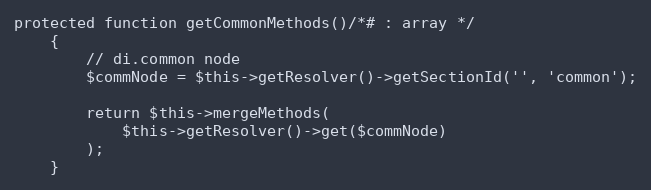
Language: PHP
protected function getCommonMethods()/*# : array */
    {
        // di.common node
        $commNode = $this->getResolver()->getSectionId('', 'common');

        return $this->mergeMethods(
            $this->getResolver()->get($commNode)
        );
    }